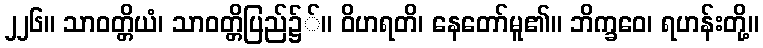
၂၂၆။ သာဝတ္တိယံ၊ သာဝတ္တိပြည်၌်။ ဝိဟရတိ၊ နေတော်မူ၏။ ဘိက္ခဝေ၊ ရဟန်းတို့။